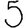
Digit: 5